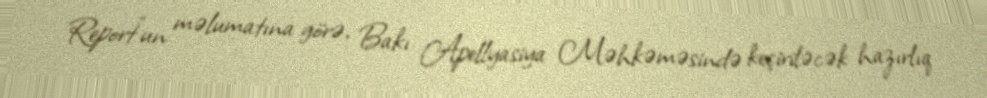
Report"un məlumatına görə, Bakı Apellyasiya Məhkəməsində keçiriləcək hazırlıq